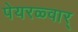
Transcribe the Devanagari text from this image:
पेयरळ्वार्